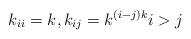
LaTeX: \begin{align*} k_{ii}=k, k_{ij}=k^{(i-j)k} i>j\end{align*}